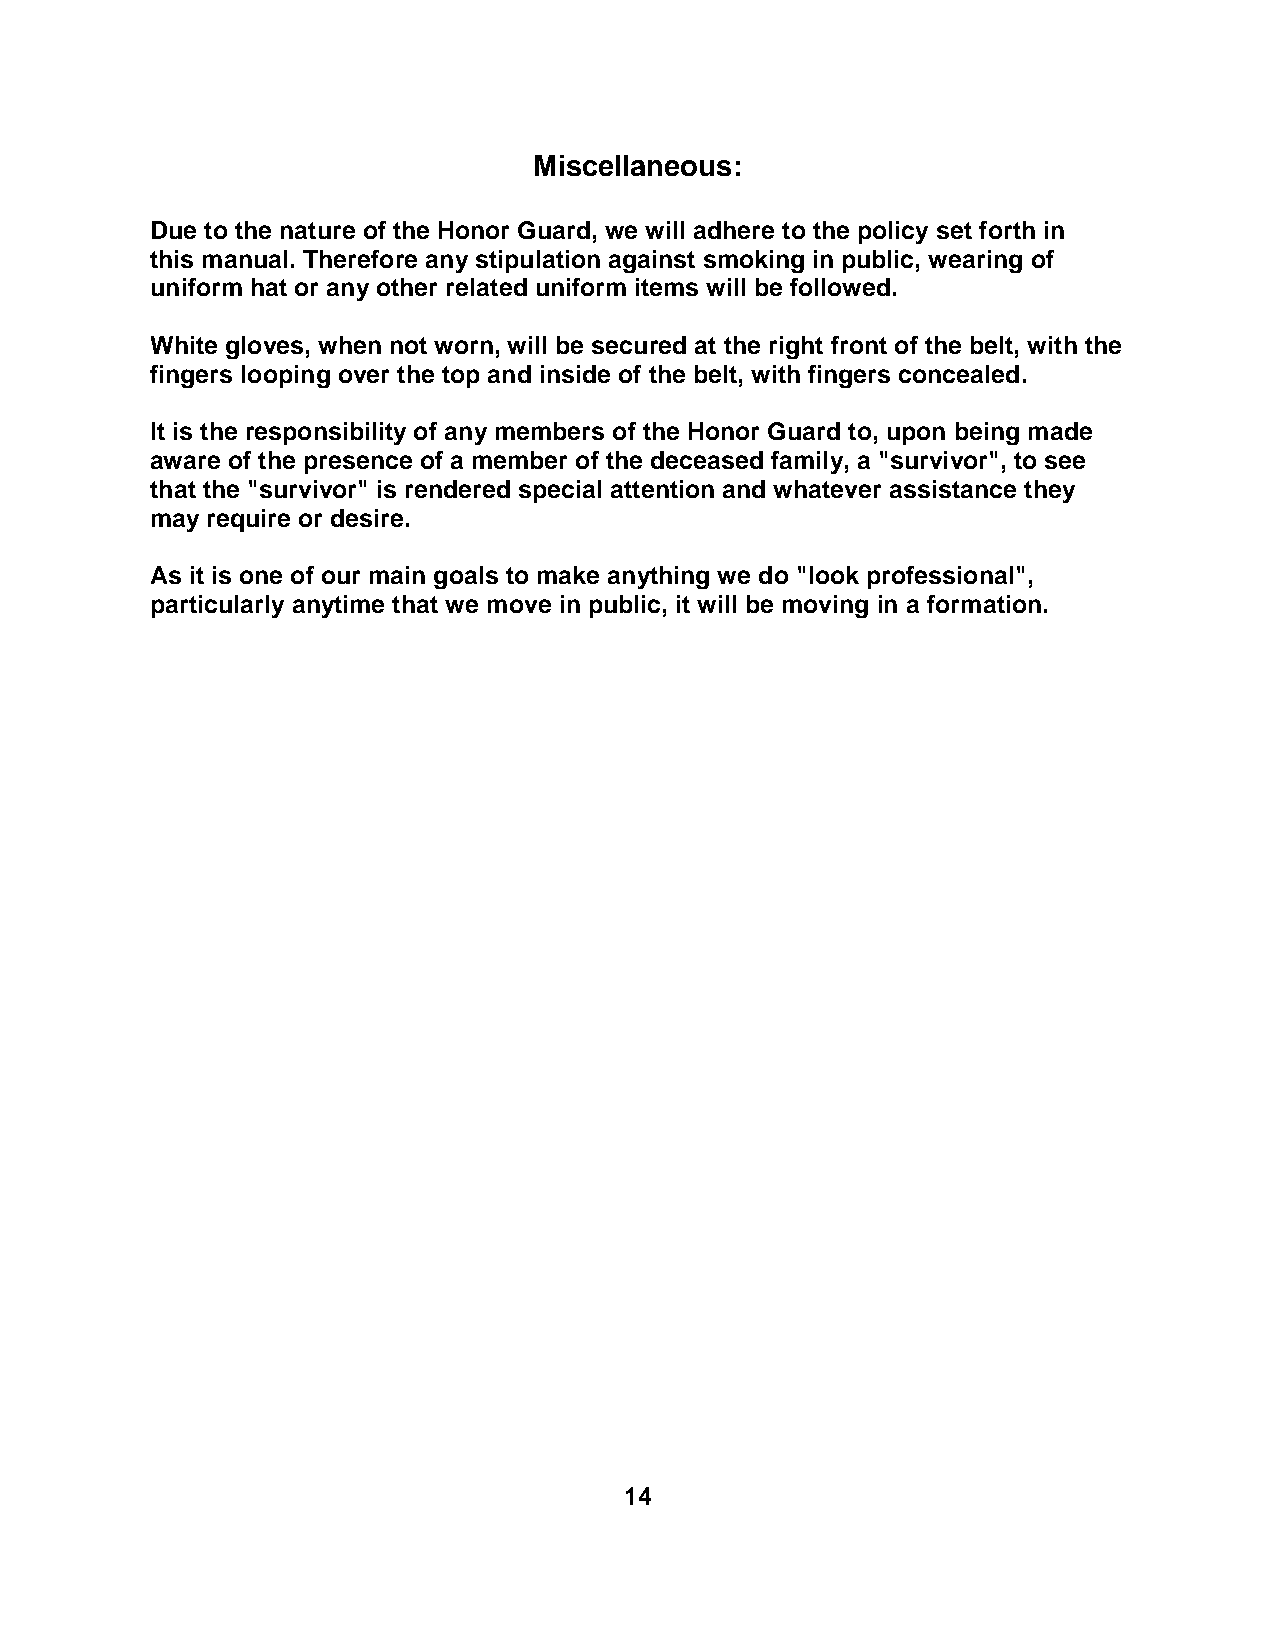
Miscellaneous:
 Due to the nature of the Honor Guard, we will adhere to the policy set forth in
 this manual. Therefore any stipulation against smoking in public, wearing of
 uniform hat or any other related uniform items will be followed.
 White gloves, when not worn, will be secured at the right front of the belt, with the
 fingers looping over the top and inside of the belt, with fingers concealed.
 It is the responsibility of any members of the Honor Guard to, upon being made
 aware of the presence of a member of the deceased family, a "survivor", to see
 that the "survivor" is rendered special attention and whatever assistance they
 may require or desire.
 As it is one of our main goals to make anything we do "look professional",
 particularly anytime that we move in public, it will be moving in a formation.
 14